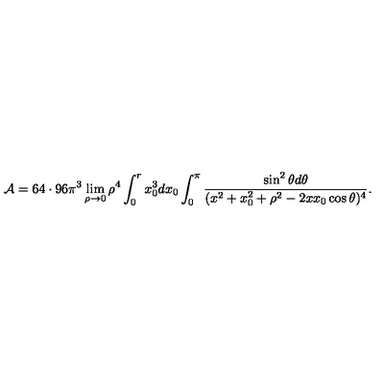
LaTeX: { \cal A } = 6 4 \cdot 9 6 \pi ^ { 3 } \lim _ { \rho \rightarrow 0 } \rho ^ { 4 } \int _ { 0 } ^ { r } x _ { 0 } ^ { 3 } d x _ { 0 } \int _ { 0 } ^ { \pi } { \frac { \sin ^ { 2 } \theta d \theta } { ( x ^ { 2 } + x _ { 0 } ^ { 2 } + \rho ^ { 2 } - 2 x x _ { 0 } \cos \theta ) ^ { 4 } } } .